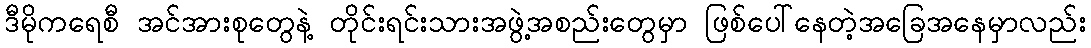
ဒီမိုကရေစီ အင်အားစုတွေနဲ့ တိုင်းရင်းသားအဖွဲ့အစည်းတွေမှာ ဖြစ်ပေါ်နေတဲ့အခြေအနေမှာလည်း